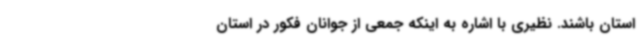
استان باشند. نظیری با اشاره به اینکه جمعی از جوانان فکور در استان